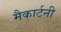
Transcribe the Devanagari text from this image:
मैकार्टनी